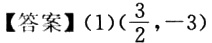
【答案】(1)$(\frac{3}{2},-3)$